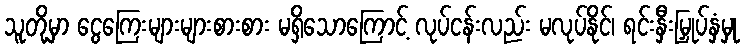
သူတို့မှာ ငွေကြေးများများစားစား မရှိသောကြောင့် လုပ်ငန်းလည်း မလုပ်နိုင်၊ ရင်းနှီးမြှုပ်နှံမှု